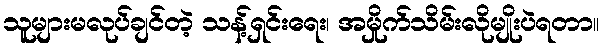
သူများမလုပ်ချင်တဲ့ သန့်ရှင်းရေး၊ အမှိုက်သိမ်းလိုမျိုးပဲရတာ။